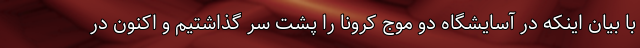
با بیان اینکه در آسایشگاه دو موج کرونا را پشت سر گذاشتیم و اکنون در